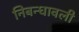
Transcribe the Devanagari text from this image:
निबन्धावली